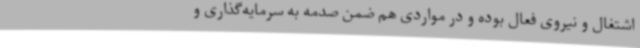
اشتغال و نیروی فعال بوده و در مواردی هم ضمن صدمه به سرمایه‌گذاری و